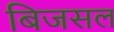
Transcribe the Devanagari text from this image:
बिजसल